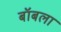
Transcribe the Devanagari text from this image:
बॉबला